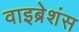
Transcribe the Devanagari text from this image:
वाइब्रेशंस